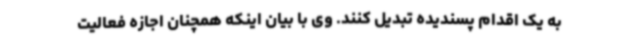
به یک اقدام پسندیده تبدیل کنند. وی با بیان اینکه همچنان اجازه فعالیت